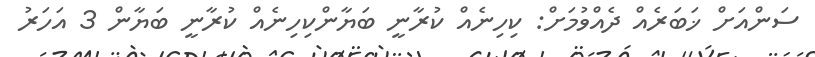
ސަންއަށް ޚަބަރެއް ދެއްވުމަށް: ކިހިނެއް ކުރާނީ ބަޔާންކިހިނެއް ކުރާނީ ބަޔާން 3 އަހަރު